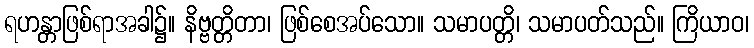
ရဟန္တာဖြစ်ရာအခါ၌။ နိဗ္ဗတ္တိတာ၊ ဖြစ်စေအပ်သော။ သမာပတ္တိ၊ သမာပတ်သည်။ ကြိယာဝ၊